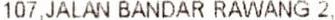
107, JALAN BANDAR RAWANG 2,